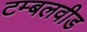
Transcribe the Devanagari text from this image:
टम्बलवीड